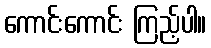
ကောင်းကောင်း ကြည့်ပါ။